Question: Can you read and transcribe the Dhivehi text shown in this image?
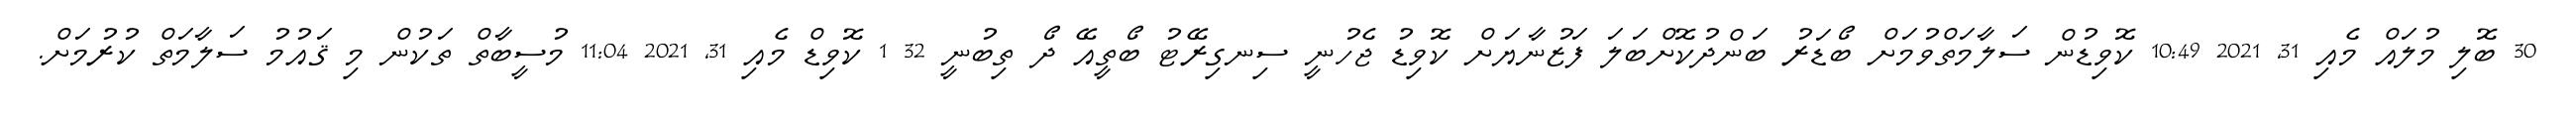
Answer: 30 ބޮލި މުލައް މެއި 31, 2021 10:49 ކޮވިޑުން ސަލާމަތްވުމަށް ބޯޑަރު ބަންދުކޮށްބަލަ ފަޒުނާޔަށް ކޮވިޑު ޖެހުނީ ސިނގިރޭޓު ބޯތީއޭ ދޯ ތިބުނީ 32 1 ކޮވިޑް މެއި 31, 2021 11:04 މުސީބާތް ތަކުން މި ޤައުމު ސަލާމަތް ކުރުމަށް.